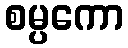
စမ္ပကော